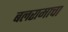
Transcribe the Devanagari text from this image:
बलरामाचा